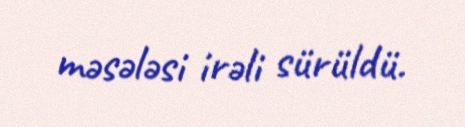
məsələsi irəli sürüldü.